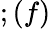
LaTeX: ;(f)